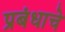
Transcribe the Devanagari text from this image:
प्रबंधाचे